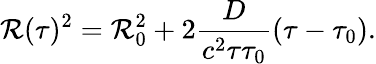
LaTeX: \mathcal{R}(\tau)^{2}=\mathcal{R}_{0}^{2}+2\frac{{D}}{{{c^{2}}{\tau\tau_{0}}}}(\tau-\tau_{0}).